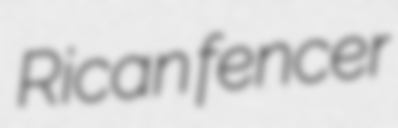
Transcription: Rican fencer